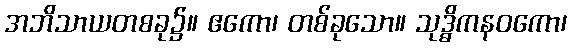
အဘိသာယတစခု၌။ ဧကော၊ တစ်ခုသော။ သုဒ္ဓိကနဝကော၊